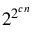
2 ^ { 2 ^ { c n } }